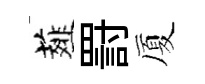
薤罸厦